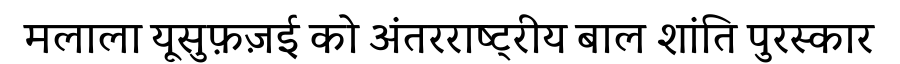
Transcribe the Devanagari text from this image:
मलाला यूसुफ़ज़ई को अंतरराष्ट्रीय बाल शांति पुरस्कार